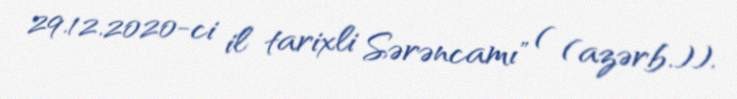
29.12.2020-ci il tarixli Sərəncamı" ( (azərb.)).